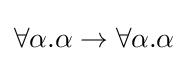
\forall \alpha .\alpha \rightarrow \forall \alpha .\alpha